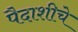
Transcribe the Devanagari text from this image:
पैदाशीचे